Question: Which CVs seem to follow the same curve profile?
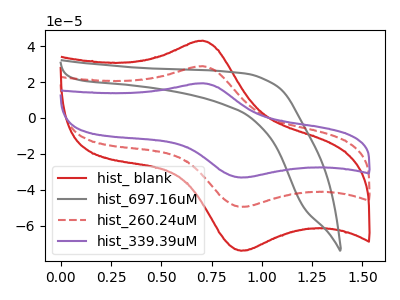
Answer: <think>The red curve "hist_ blank" has an anodic peak at (0.70V, 43.05uA) and a cathodic peak at (0.90V, -74.10uA). The gray curve "hist_697.16uM" has no peaks. The red dashed curve "hist_260.24uM" has an anodic peak at (0.70V, 28.85uA) and a cathodic peak at (0.90V, -49.65uA). The purple curve "hist_339.39uM" has an anodic peak at (0.70V, 57.70uA) and a cathodic peak at (0.90V, -99.25uA).
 "hist_ blank" and "hist_697.16uM" have a different number of peaks. All the peaks in "hist_ blank" have a peak in "hist_260.24uM" at the same potential. Every peak in "hist_ blank" is higher than every peak in "hist_260.24uM". All the peaks in "hist_ blank" have a peak in "hist_339.39uM" at the same potential. Every peak in "hist_ blank" is lower than every peak in "hist_339.39uM". "hist_697.16uM" and "hist_260.24uM" have a different number of peaks. "hist_697.16uM" and "hist_339.39uM" have a different number of peaks. All the peaks in "hist_260.24uM" have a peak in "hist_339.39uM" at the same potential. Every peak in "hist_260.24uM" is lower than every peak in "hist_339.39uM".</think>
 <answer>"hist_ blank", "hist_260.24uM" and "hist_339.39uM" have the same shape and are likely CV's of the same chemical.</answer>
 <eval>"hist_ blank" "hist_260.24uM" "hist_339.39uM"</eval>